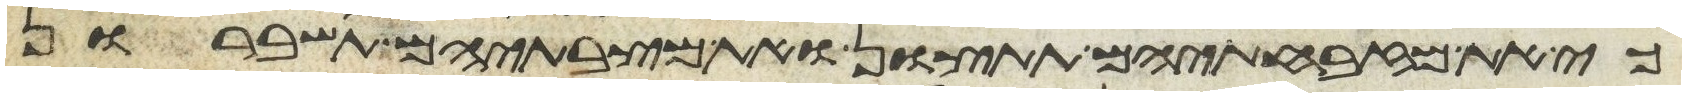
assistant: כי את מזבחתיהם תתצון ומצבתיהם תשברון